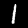
Digit: 1